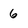
Character: 6